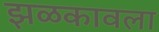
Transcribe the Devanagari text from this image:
झळकावला